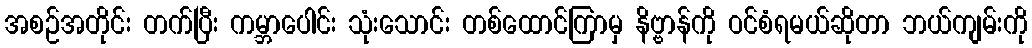
အစဉ်အတိုင်း တက်ပြီး ကမ္ဘာပေါင်း သုံးသောင်း တစ်ထောင်ကြာမှ နိဗ္ဗာန်ကို ဝင်စံရမယ်ဆိုတာ ဘယ်ကျမ်းကို